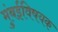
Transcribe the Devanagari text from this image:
मुंबईविषयक